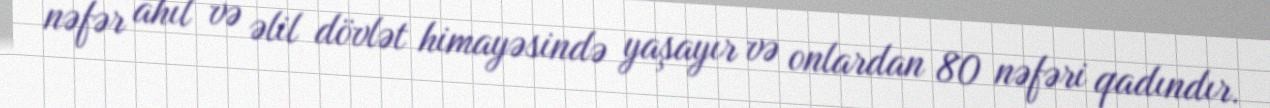
nəfər ahıl və əlil dövlət himayəsində yaşayır və onlardan 80 nəfəri qadındır.